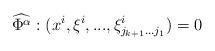
LaTeX: \begin{align*}\widehat{\Phi ^{\alpha }}:(x^{i},\xi ^{i},...,\xi _{j_{k+1}...j_{1}}^{i})=0\end{align*}